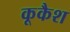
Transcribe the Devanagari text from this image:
कूकैश